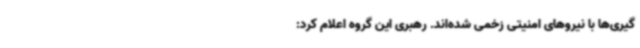
گیری‌ها با نیروهای امنیتی زخمی شده‌اند. رهبری این گروه اعلام کرد: